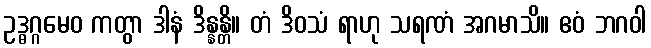
ဥဒ္ဓဂ္ဂမေဝ ကတွာ ဒါနံ ဒိန္နန္တိ။ တံ ဒိဝသံ ရာဟု သရဏံ အဂမာသိ။ ဧဝံ ဘဂဝါ